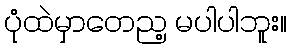
ပုံထဲမှာတေည့ မပါပါဘူး။